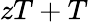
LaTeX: zT+T